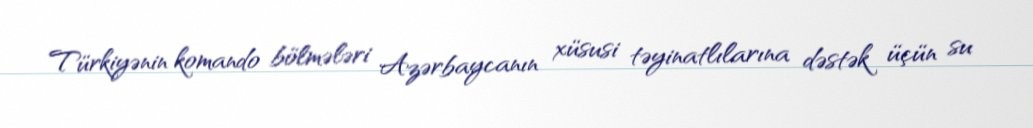
Türkiyənin komando bölmələri Azərbaycanın xüsusi təyinatlılarına dəstək üçün su